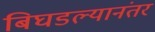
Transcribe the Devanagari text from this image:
बिघडल्यानंतर